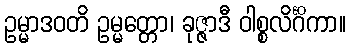
ဥမ္မာဒဝတိ ဥမ္မတ္တော၊ ခုဇ္ဇာဒီ ဝါစ္စလိင်္ဂိကာ။